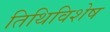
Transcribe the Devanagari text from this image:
तिथिविशेष